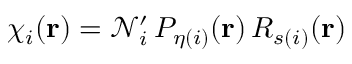
\chi _ { i } ( \mathbf { r } ) = \mathcal { N } _ { i } ^ { \prime } \, P _ { \eta ( i ) } ( \mathbf { r } ) \, R _ { s ( i ) } ( \mathbf { r } )